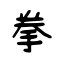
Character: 拳